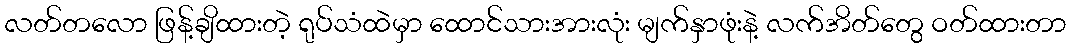
လတ်တလော ဖြန့်ချိထားတဲ့ ရုပ်သံထဲမှာ ထောင်သားအားလုံး မျက်နှာဖုံးနဲ့ လက်အိတ်တွေ ဝတ်ထားတာ